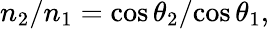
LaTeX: {n_{2}}/{n_{1}}={\cos\theta_{2}}/{\cos\theta_{1}},